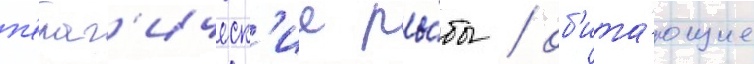
п'елаг'ическ'ие ры́бы / об'ита́ющие